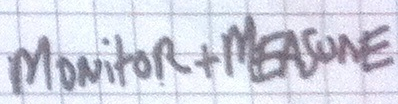
MONitoR+MEASURE